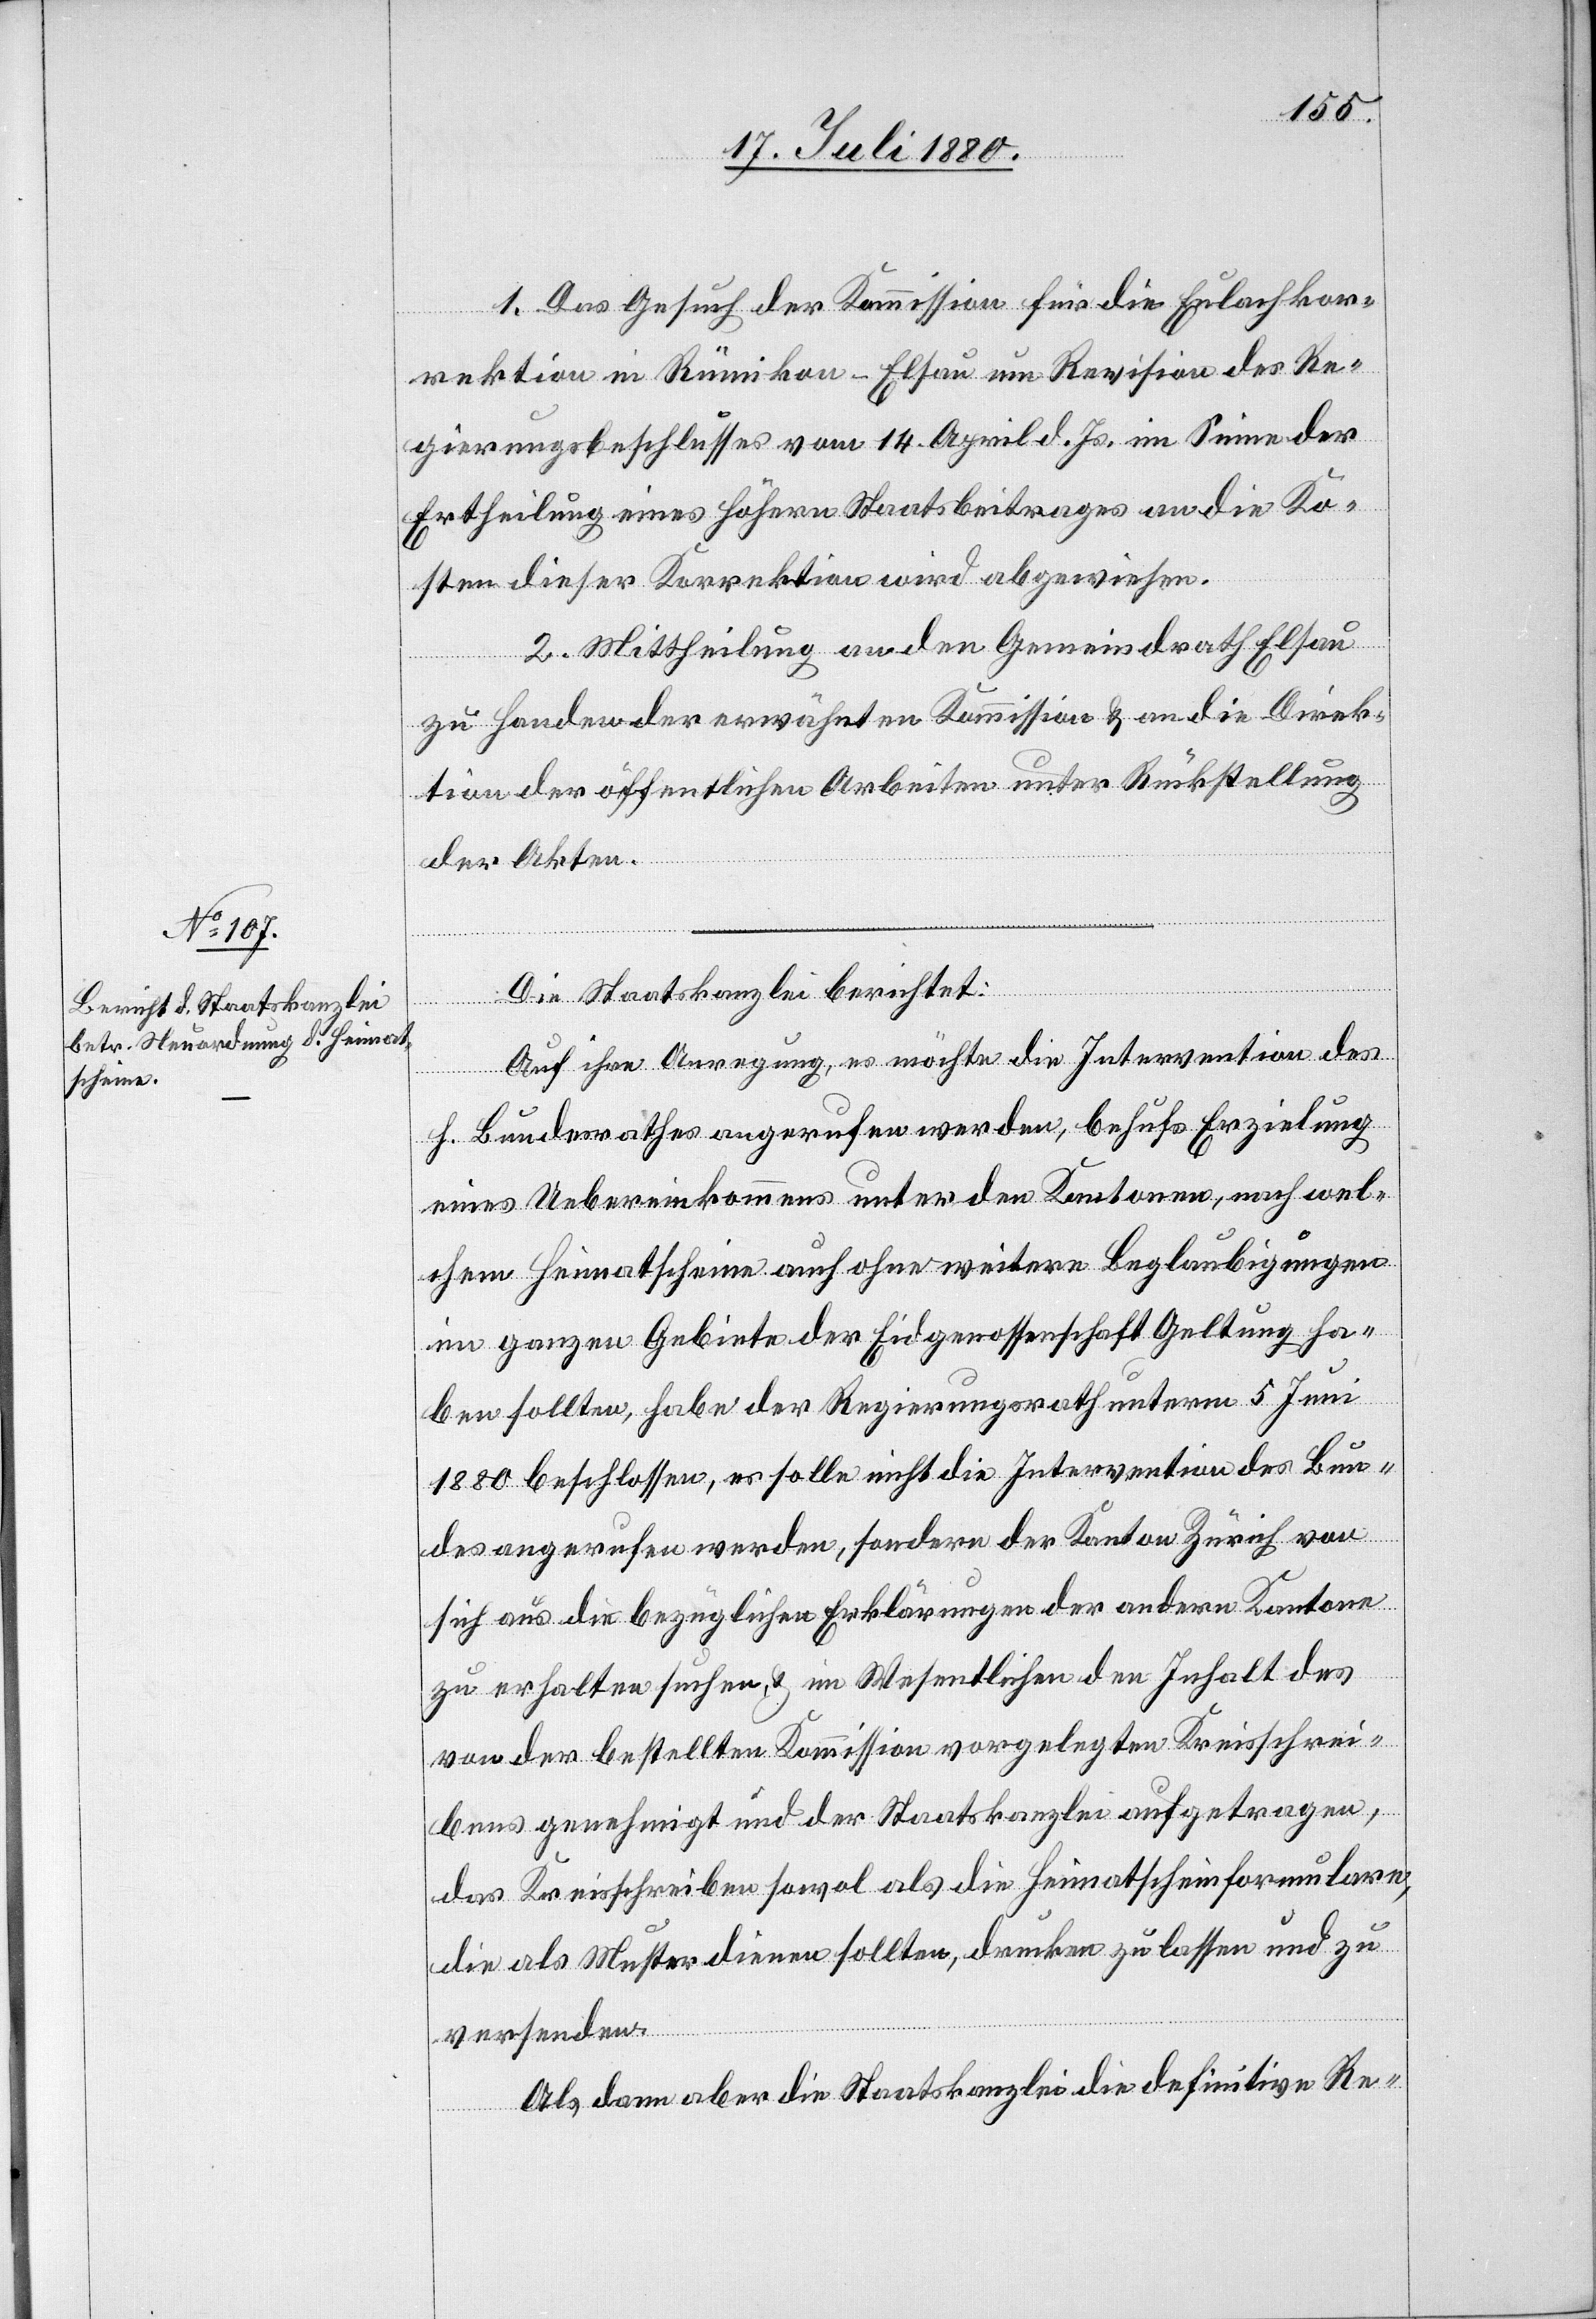
1. Das Gesuch der Kommission für die Eulachkor¬
rektion in Rümikon - Elsau um Revision des Re¬
gierungsbeschlusses vom 14. April d. Js. im Sinne der
Ertheilung eines höhern Staatsbeitrages an die Ko¬
sten dieser Korrektion wird abgewiesen.
2. Mittheilung an den Gemeindrath Elsau
zu Handen der erwähnten Kommission & an die Direk¬
tion der öffentlichen Arbeiten unter Rückstellung
der Akten.
Die Staatskanzlei berichtet:
Auf ihre Anregung, es möchte die Intervention des
h. Bundesrathes angerufen werden, behufs Erzielung
eines Uebereinkommens unter den Kantonen, nach wel¬
chem Heimatscheine auch ohne weitere Beglaubigungen
im ganzen Gebiete der Eidgenossenschaft Geltung ha¬
ben sollten, habe der Regierungsrath unterm 5 Juni
1880 beschlossen, es solle nicht die Intervention des Bun¬
des angerufen werden, sondern der Kanton Zürich von
sich aus die bezüglichen Erklärungen der andern Kantone
zu erhalten suchen & im Wesentlichen den Inhalt des
von der bestellten Kommission vorgelegten Kreisschrei¬
bens genehmigt und der Staatskanzlei aufgetragen,
das Kreisschreiben sowol als die Heimatscheinfomulare,
die als Muster dienen sollten, drucken zu lassen und zu
ile¬
Als dann aber die Staatskanzlei die definitive Re-

n.